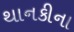
થાનકીના